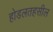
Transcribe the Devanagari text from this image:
होडलतहसील